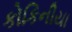
કોકિનીયા